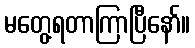
မတွေ့ရတာကြာပြီနော်။